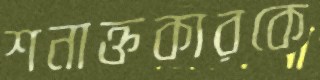
শনাক্তকারকে